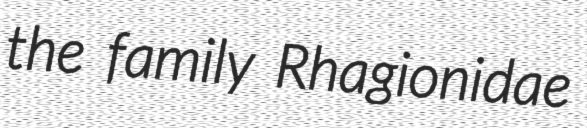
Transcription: the family Rhagionidae